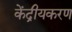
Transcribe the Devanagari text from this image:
केंद्रीयकरण